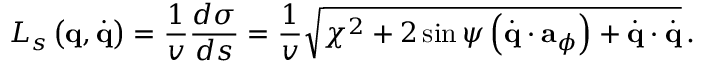
{ \cal L } _ { s } \left( { \bf q } , \dot { \bf q } \right) = \frac { 1 } { v } \frac { d \sigma } { d s } = \frac { 1 } { v } \sqrt { \chi ^ { 2 } + 2 \sin \psi \left( \dot { \bf q } \cdot { \bf a } _ { \phi } \right) + \dot { \bf q } \cdot \dot { \bf q } } \, .